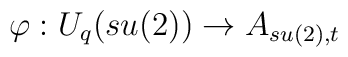
\varphi: U_{q}(su(2)) \rightarrow A_{su(2),t}